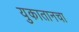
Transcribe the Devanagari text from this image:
युकातानचा